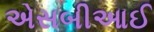
એસબીઆઈ